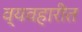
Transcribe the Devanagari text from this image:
व्यवहारीत